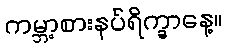
ကမ္ဘာ့စားနပ်ရိက္ခာနေ့။